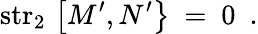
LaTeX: \mathrm{str}_{2}\, \left[\left.M^{\prime},N^{\prime}\right\} \right.\ =\ 0\ \ .